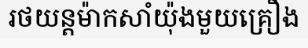
រថយន្តម៉ាកសាំយ៉ុងមួយគ្រឿង